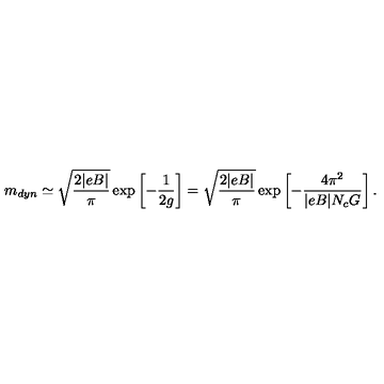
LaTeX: m _ { d y n } \simeq \sqrt { \frac { 2 | e B | } { \pi } } \exp \left[ - \frac { 1 } { 2 g } \right] = \sqrt { \frac { 2 | e B | } { \pi } } \exp \left[ - \frac { 4 \pi ^ { 2 } } { | e B | N _ { c } G } \right] .